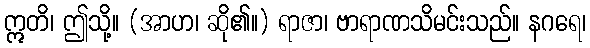
ဣတိ၊ ဤသို့။ (အာဟ၊ ဆို၏။) ရာဇာ၊ ဗာရာဏသိမင်းသည်။ နဂရေ၊